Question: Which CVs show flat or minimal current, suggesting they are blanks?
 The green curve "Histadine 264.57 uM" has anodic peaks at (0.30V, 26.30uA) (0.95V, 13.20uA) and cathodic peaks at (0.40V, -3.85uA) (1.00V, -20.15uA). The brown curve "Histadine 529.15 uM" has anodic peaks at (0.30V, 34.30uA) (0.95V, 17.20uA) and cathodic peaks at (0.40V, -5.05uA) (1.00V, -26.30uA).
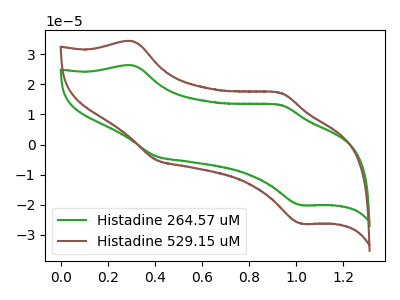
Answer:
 <answer>There are not any CV's on this graph that are likely to be blanks.</answer>
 <eval>none</eval>